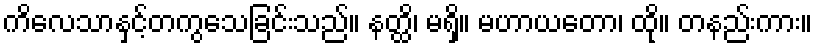
ကိလေသာနှင့်တကွသေခြင်းသည်။ နတ္ထိ၊ မရှိ။ မဟာယတော၊ ထို။ တနည်းကား။